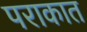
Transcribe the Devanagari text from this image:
पराकात